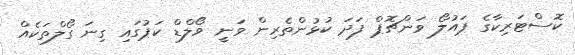
ކޮސްޓަރިކާގެ ޕައުލޯ ވަންޗޮޕް ފަދަ ކުޅުންތެރިން ވަނީ ވޯލްޑް ކަޕުގައި ގިނަ ގޯލްތަކެއް